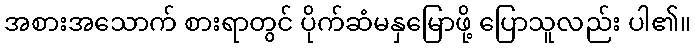
အစားအသောက် စားရာတွင် ပိုက်ဆံမနှမြောဖို့ ပြောသူလည်း ပါ၏။